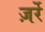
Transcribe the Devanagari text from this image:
ज़र्रे